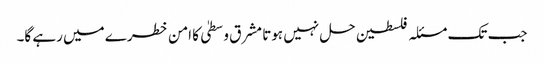
جب تک مسئلہ فلسطین حل نہیں ہوتا مشرق وسطیٰ کا امن خطرے میں رہے گا۔